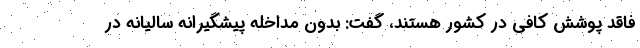
فاقد پوشش کافی در کشور هستند، گفت: بدون مداخله پیشگیرانه سالیانه در